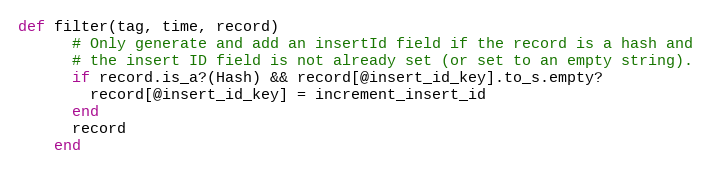
Language: Ruby
def filter(tag, time, record)
      # Only generate and add an insertId field if the record is a hash and
      # the insert ID field is not already set (or set to an empty string).
      if record.is_a?(Hash) && record[@insert_id_key].to_s.empty?
        record[@insert_id_key] = increment_insert_id
      end
      record
    end